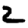
Digit: 2